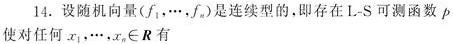
14. 设随机向量$(f_1,\cdots,f_n)$是连续型的，即存在L - S可测函数$p$使对任何$x_1,\cdots,x_n\in\mathbb{R}$有